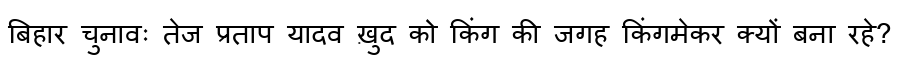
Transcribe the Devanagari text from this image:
बिहार चुनावः तेज प्रताप यादव ख़ुद को किंग की जगह किंगमेकर क्यों बना रहे?